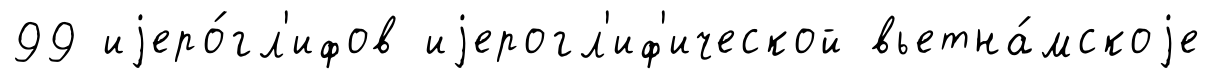
99 иjеро́гл'ифов иjерогл'иф'ической вьетна́мскоjе